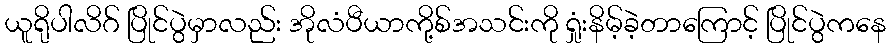
ယူရိုပါလိဂ် ပြိုင်ပွဲမှာလည်း အိုလံပီယာကို့စ်အသင်းကို ရှုံးနိမ့်ခဲ့တာကြောင့် ပြိုင်ပွဲကနေ